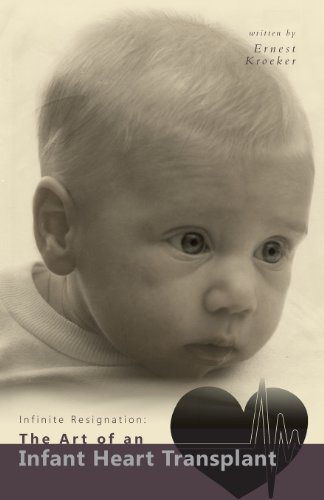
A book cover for Infinite Resignation: The Art of an Infant Heart Transplant; Ernest Kroeker; Health, Fitness & Dieting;